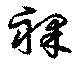
裸